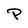
Character: P